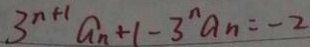
3 ^ { n + 1 } a _ { n } + 1 - 3 ^ { n } a _ { n } = - 2